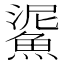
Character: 𩸧